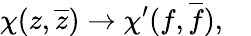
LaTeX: {\chi}(z,\overline{{{z}}})\rightarrow{\chi}^{\prime}(f,\overline{{{f}}}),\quad